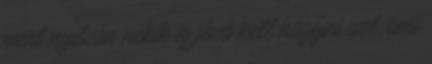
mert nyilván nekik is jóvá kell hagyni azt, ami